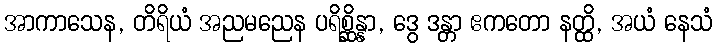
အာကာသေန, တိရိယံ အညမညေန ပရိစ္ဆိန္နာ, ဒွေ ဒန္တာ ဧကတော နတ္ထိ, အယံ နေသံ